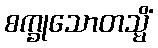
စက္ခုသောတသ္မိံ